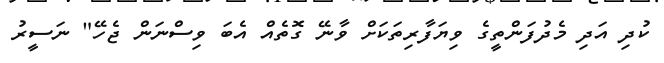
ކުދި އަދި މެދުފަންތީގެ ވިޔަފާރިތަކަށް ވާނޭ ގޮތެއް އެބަ ވިސްނަން ޖެހޭ" ނަސީރު